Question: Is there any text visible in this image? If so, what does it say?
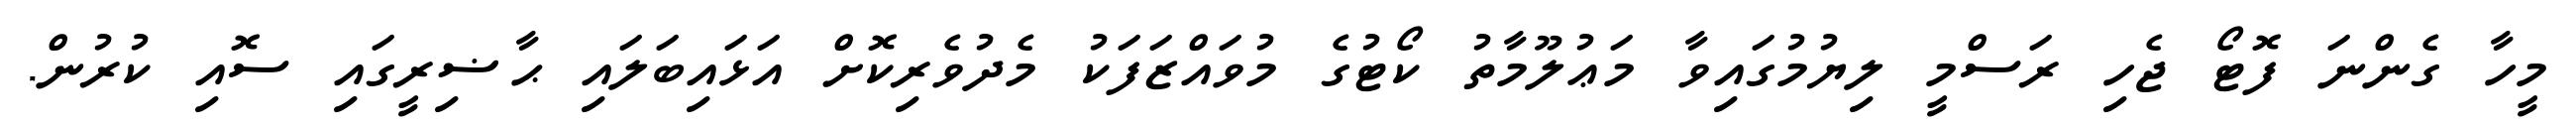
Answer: މީހާ ގެންނަ ފޮޓޯ ޖެހި ރަސްމީ ލިޔުމުގައިވާ މަޢުލޫމާތު ކޯޓުގެ މުވައްޒަފަކު މެދުވެރިކޮށް އަޅައިބަލައި ޙާޟިރީގައި ސޮއި ކުރުން.